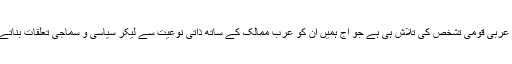
شائد یہ ان کی عراقی یا عربی قومی تشخص کی تلاش ہی ہے جو آج ہمیں ان کو عرب ممالک کے ساتھ ذاتی نوعیت سے لیکر سیاسی و سماجی تعلقات بناتے ہوئے دیکھ سکتے ہیں۔